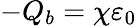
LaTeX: -Q_{b}=\chi\varepsilon_{0}